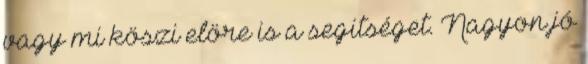
vagy mi köszi elöre is a segitséget. Nagyon jó